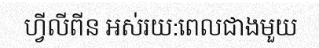
ហ្វីលីពីន អស់រយ:ពេលជាងមួយ